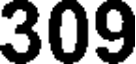
309